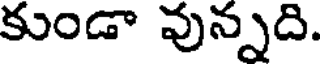
కుండా వున్నది.